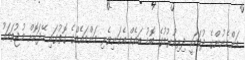
އަންހެނުންގެ ދުވަހަކީ ދިރިއުޅުމުގެ ބޮޑު ބައެއް އެކަނިވެރި މަންމައެއްގެ ގޮތުގައި ހޭދަކޮށް މުޖުތަމައު